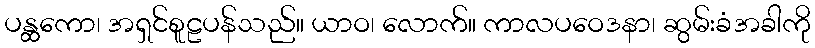
ပန္ထကော၊ အရှင်စူဠပန်သည်။ ယာဝ၊ လောက်။ ကာလပဝေဒနာ၊ ဆွမ်းခံအခါကို